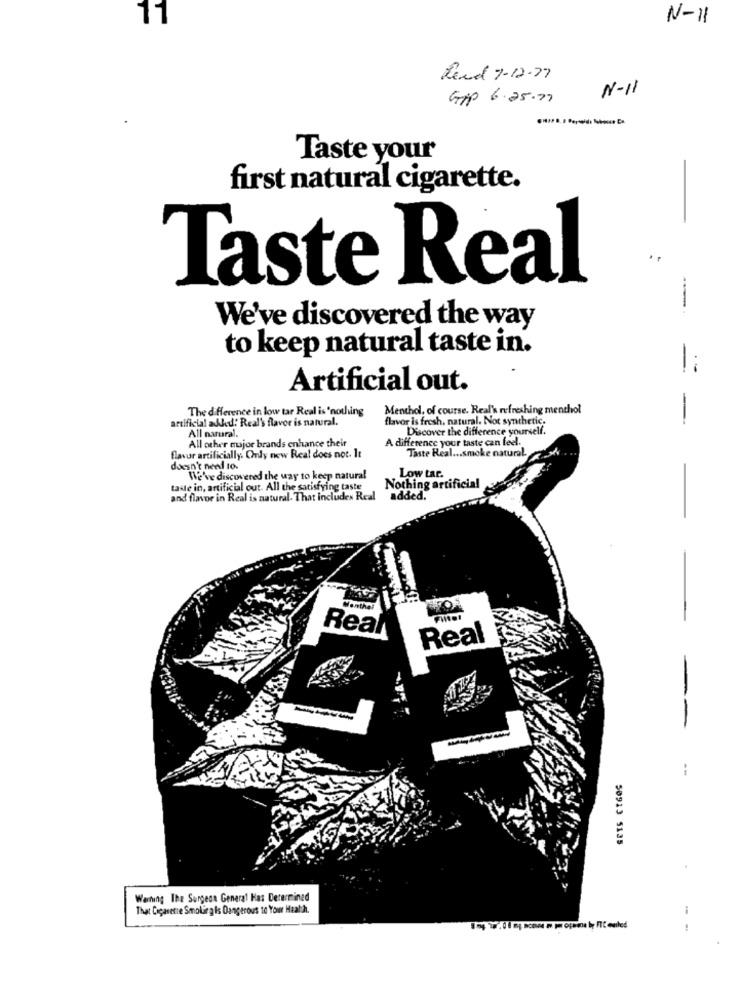
11
N-11
Rend 7-12-27
N-11
Gip 6.25.71
Taste your
first natural cigarette.
..
Taste Real
-
We've discovered the way
to keep natural taste in.
-
Artificial out.
The difference in low tar Real is 'nothing
Menthol, of course. Real's refreshing menthol
artificial added: Real's flavor is natural.
flavor is fresh, natural. Not synthetic.
-
Discover the difference yourself.
All natural.
A difference your taste can feel.
All other major brands enhance their
Taste Real ... smoke natural
flavor artificially. Chly new Real does not. It
doesn't need to.
-
We've discovered the way to keep natural
Low tar.
taste in, artificial out. All the satisfying taste
Nothing artificial
and flavor in Real is natural. That includes Real
added.
Wenthal
Real
Real
----
--
SETS CEGOS
Warning The Surgeon General Has Derermined
That Cigarette Smoking Is Dangerous 10 Your Health.